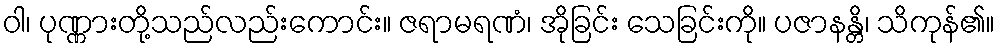
ဝါ၊ ပုဏ္ဏားတို့သည်လည်းကောင်း။ ဇရာမရဏံ၊ အိုခြင်း သေခြင်းကို။ ပဇာနန္တိ၊ သိကုန်၏။